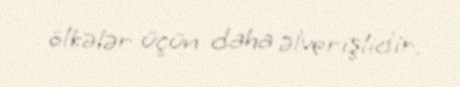
ölkələr üçün daha əlverişlidir.